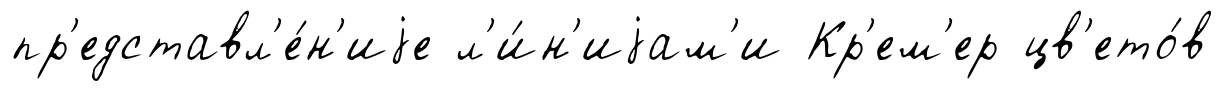
пр'едставл'е́н'иjе л'и́н'иjам'и Кр'ем'ер цв'ето́в